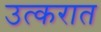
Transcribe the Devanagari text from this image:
उत्करात